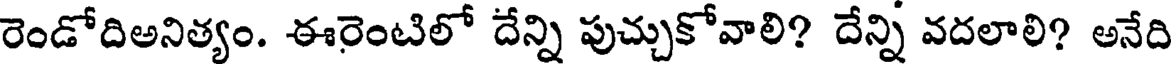
రెండోదిఅనిత్యం. ఈరెంటిలో దేన్ని పుచ్చుకోవాలి? దేన్ని వదలాలి? అనేది